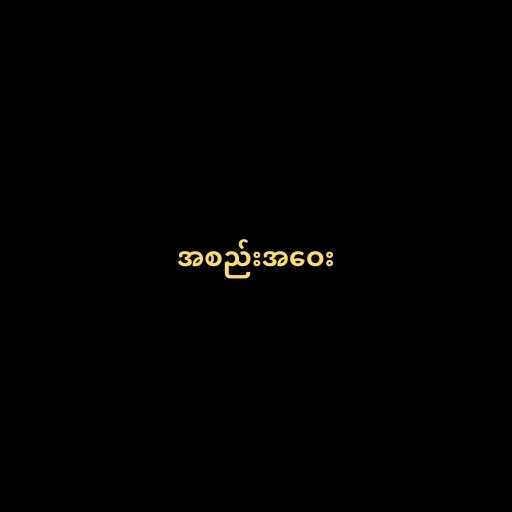
အစည်းအဝေး